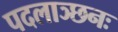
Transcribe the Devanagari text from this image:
पदलाञ्छनः